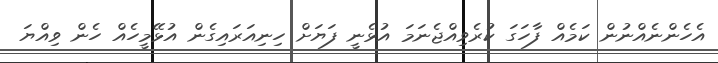
އެހެންނެއްނުން ކަމެއް ފާހަގަ ކުރެވިއްޖެނަމަ އުޅެނީ ފަޔަށް ހިނިއަރައިގެން އުޅޭމީހެއް ހެން ވިއްޔަ